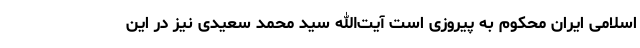
اسلامی ایران محکوم به پیروزی است آیت‌الله سید محمد سعیدی نیز در این